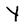
Character: Y